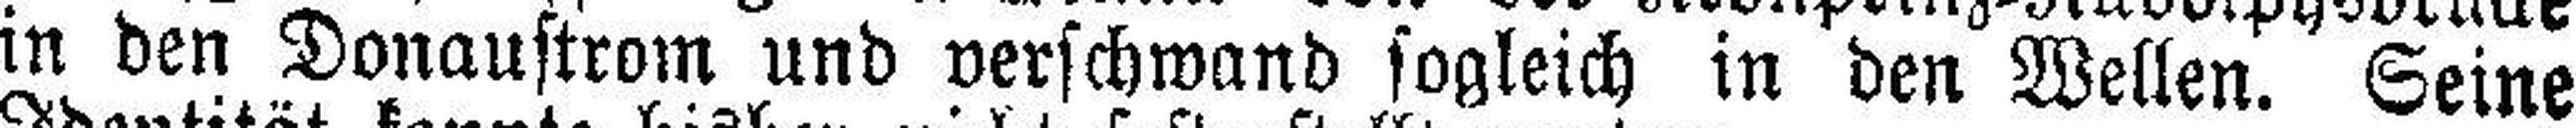
in den Donaustrom und verschwand sogleich in den Wellen. Seine